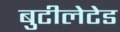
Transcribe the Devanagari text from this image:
बुटीलेटेड